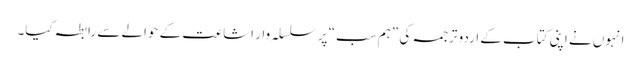
انہوں نے اپنی کتاب کے اردو ترجمہ کی ”ہم سب“ پر سلسلہ وار اشاعت کے حوالے سے رابطہ کیا۔